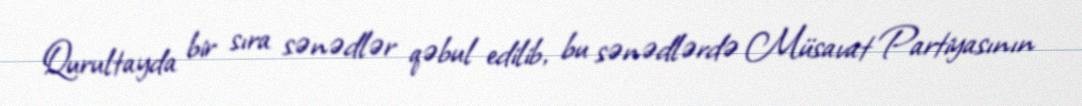
Qurultayda bir sıra sənədlər qəbul edilib, bu sənədlərdə Müsavat Partiyasının